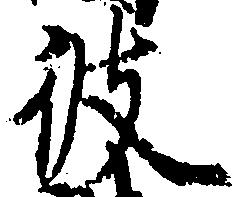
彼